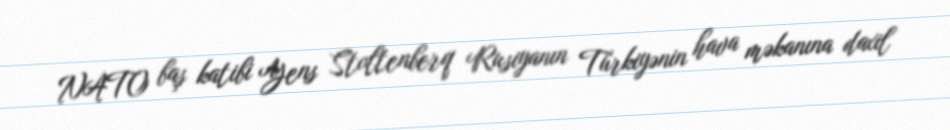
NATO baş katibi Yens Stoltenberq Rusiyanın Türkiyənin hava məkanına daxil